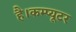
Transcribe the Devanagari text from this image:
है।कम्प्यूटर